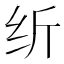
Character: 𱺓